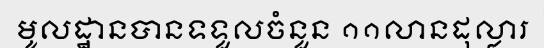
មូលដ្ឋានបានទទួលចំនួន ១១លានដុល្លារ